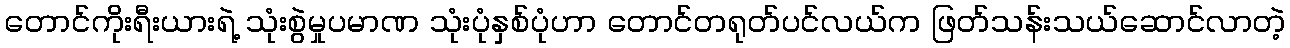
တောင်ကိုးရီးယားရဲ့ သုံးစွဲမှုပမာဏ သုံးပုံနှစ်ပုံဟာ တောင်တရုတ်ပင်လယ်က ဖြတ်သန်းသယ်ဆောင်လာတဲ့